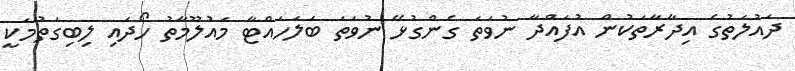
ދައުލަތުގެ އިދާރާތަކުން އުފައްދާ ނުވަތަ ގެންގުޅޭ ނުވަތަ ބަލަހައްޓާ މައުލޫމާތު ހޯދައި ލިބިގަތުމަކީ